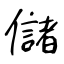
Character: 儲